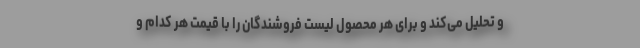
و تحلیل می‌کند و برای هر محصول لیست فروشندگان را با قیمت هر کدام و